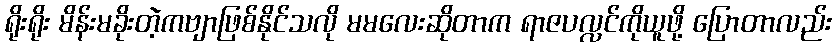
ရိုးရိုး မိန်းမခိုးတဲ့ကဗျာဖြစ်နိုင်သလို မမလေးဆိုတာက ရာဇပလ္လင်ကိုယူဖို့ ပြောတာလည်း